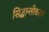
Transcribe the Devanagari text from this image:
सिद्धान्तीकरण